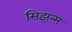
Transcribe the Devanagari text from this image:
सिझन्स